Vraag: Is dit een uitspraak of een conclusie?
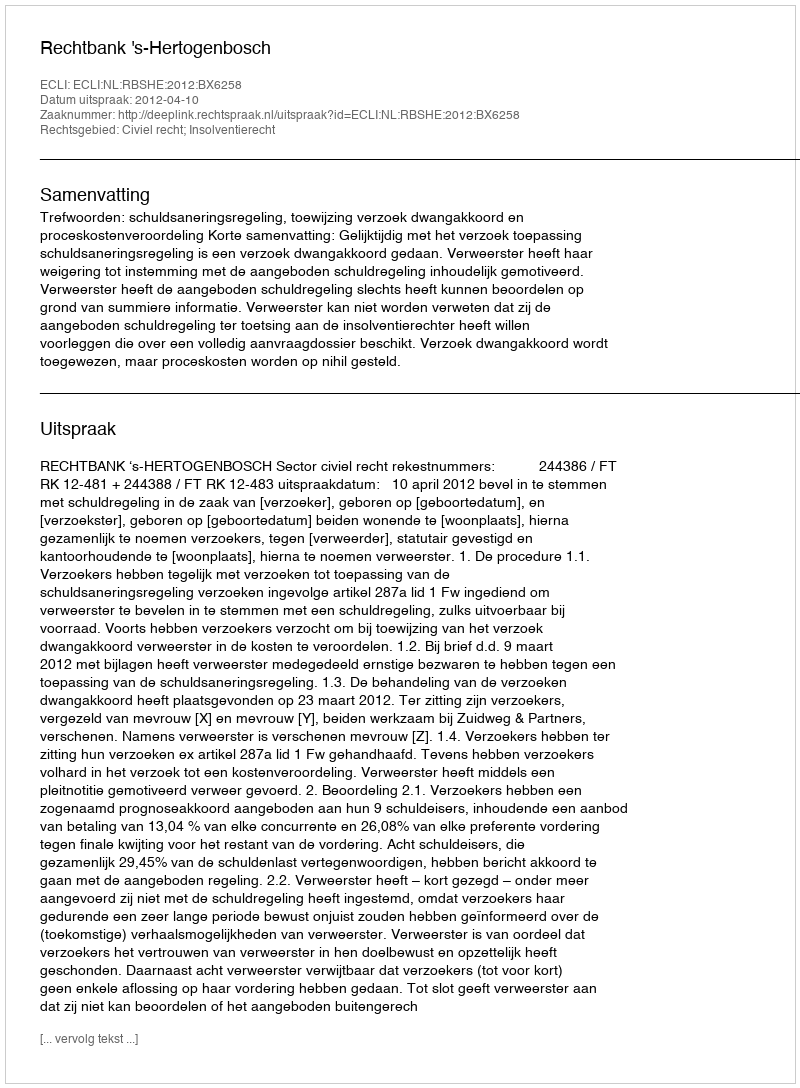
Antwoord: Uitspraak